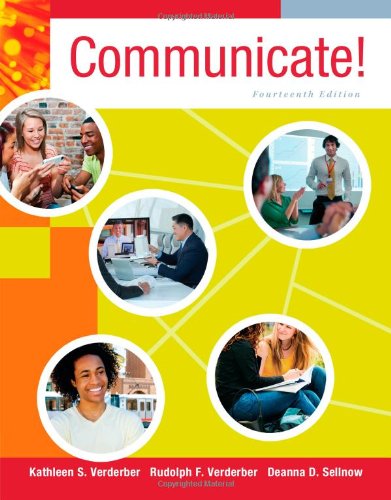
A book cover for Communicate!; Kathleen S. Verderber; Reference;